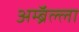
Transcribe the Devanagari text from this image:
अम्ब्रॅल्ला